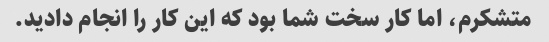
متشکرم، اما کار سخت شما بود که این کار را انجام دادید.